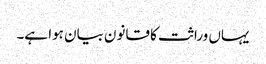
یہاں وراثت کا قانون بیان ہوا ہے۔